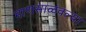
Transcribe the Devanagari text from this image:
माणसाळवल्या